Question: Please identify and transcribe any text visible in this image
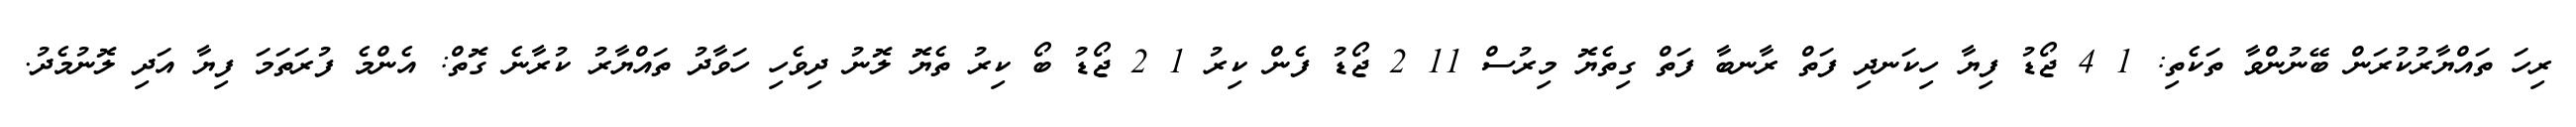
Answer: ރިހަ ތައްޔާރުކުރަން ބޭނުންވާ ތަކެތި: 1 4 ޖޯޑު ފިޔާ ހިކަނދި ފަތް ރާނބާ ފަތް ގިތެޔޮ މިރުސް 11 2 ޖޯޑު ފެން ކިރު 1 2 ޖޯޑު ބޯ ކިރު ތެޔޮ ލޮނު ދިވެހި ހަވާދު ތައްޔާރު ކުރާނެ ގޮތް: އެންމެ ފުރަތަމަ ފިޔާ އަދި ލޮނުމެދު.